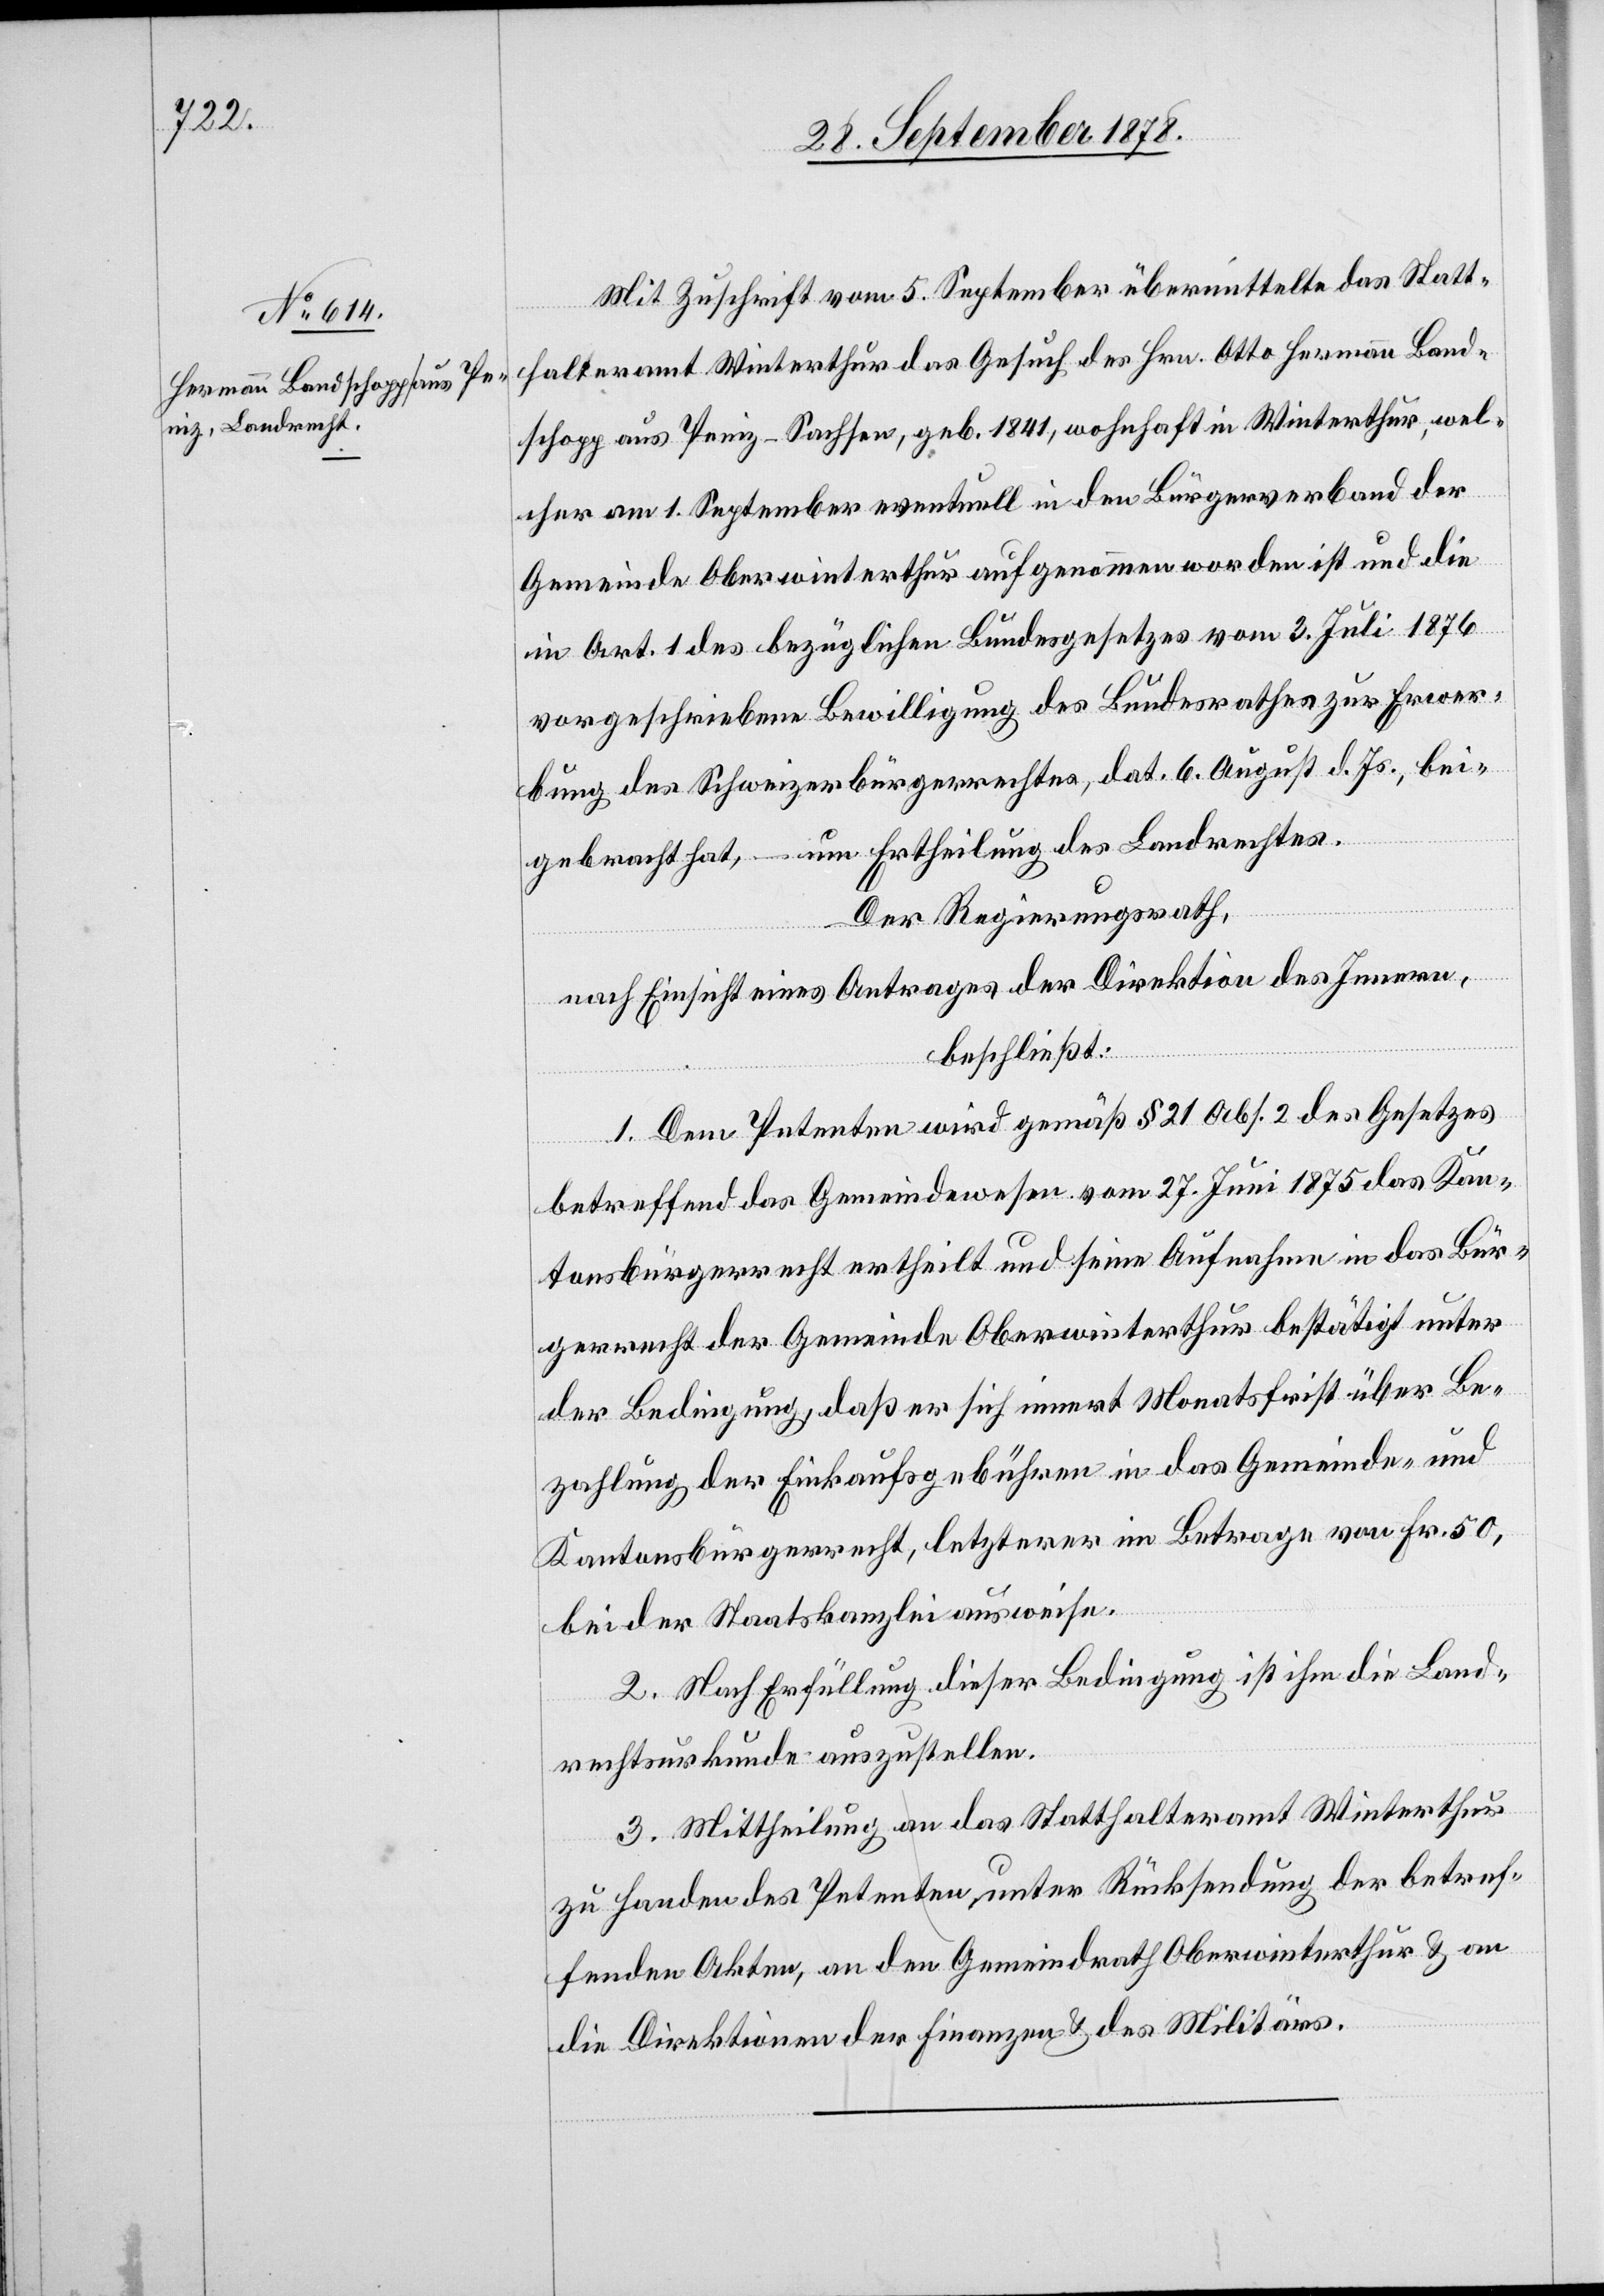
Mit Zuschrift vom 5. September übermittelte das Statt¬
halteramt Winterthur das Gesuch des Hrn. Otto Hermann Band¬
schopp aus Peniz - Sachsen [sic!], geb. 1841, wohnhaft in Winterthur, wel¬
cher am 1. September eventuell in den Bürgerverband der
Gemeinde Oberwinterthur aufgenommen worden ist, und die
in Art. 1 des bezüglichen Gesetzes vom 3. Juli 1876
vorgeschriebene Bewilligung des Bundesrathes zur Erwer¬
bung des Schweizerbürgerrechtes, dat. 6. August d. Js., bei¬
gebracht hat, – um Ertheilung des Landrechtes.
Der Regierungsrath,
und
nach Einsicht eines Antrages der Direktion des Innern,
beschließt:
1. Dem Petenten wird gemäß § 21, Abs. 2 des Gesetzes
betreffend das Gemeindewesen vom 27. Juni 1875 das Kan¬
tonsbürgerrecht ertheilt und seine Aufnahme in das Bür¬
gerrecht der Gemeinde Oberwinterthur bestätigt unter
der Bedingung, daß er sich innert Monatsfrist über Be¬
zahlung der Einkaufsgebühren in das Gemeinde- und
Kantonsbürgerrecht, letzterer im Betrage von Fr. 50
bei der Staatskanzlei ausweise.
2. Nach Erfüllung dieser Bedingung ist ihnen die Land¬
rechtsurkunde auszustellen.
3. Mittheilung an das Statthalteramt Winterthur
zu Handen des Petenten, unter Rücksendung der betref¬
fenden Akten, an den Gemeindrath Oberwinterthur & an
die Direktionen der Finanzen & des Militärs.